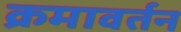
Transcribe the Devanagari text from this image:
क्रमावर्तन